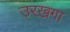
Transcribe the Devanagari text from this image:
उरख़गा